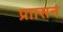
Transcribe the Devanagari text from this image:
प्राासन